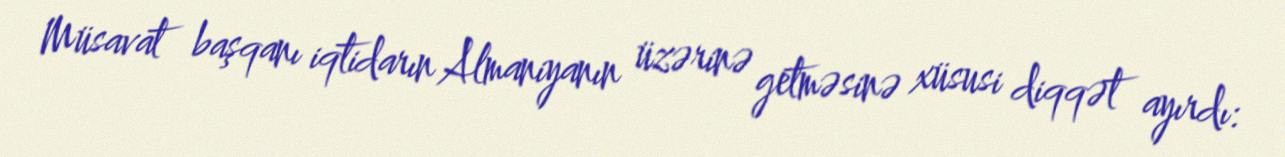
Müsavat başqanı iqtidarın Almaniyanın üzərinə getməsinə xüsusi diqqət ayırdı: